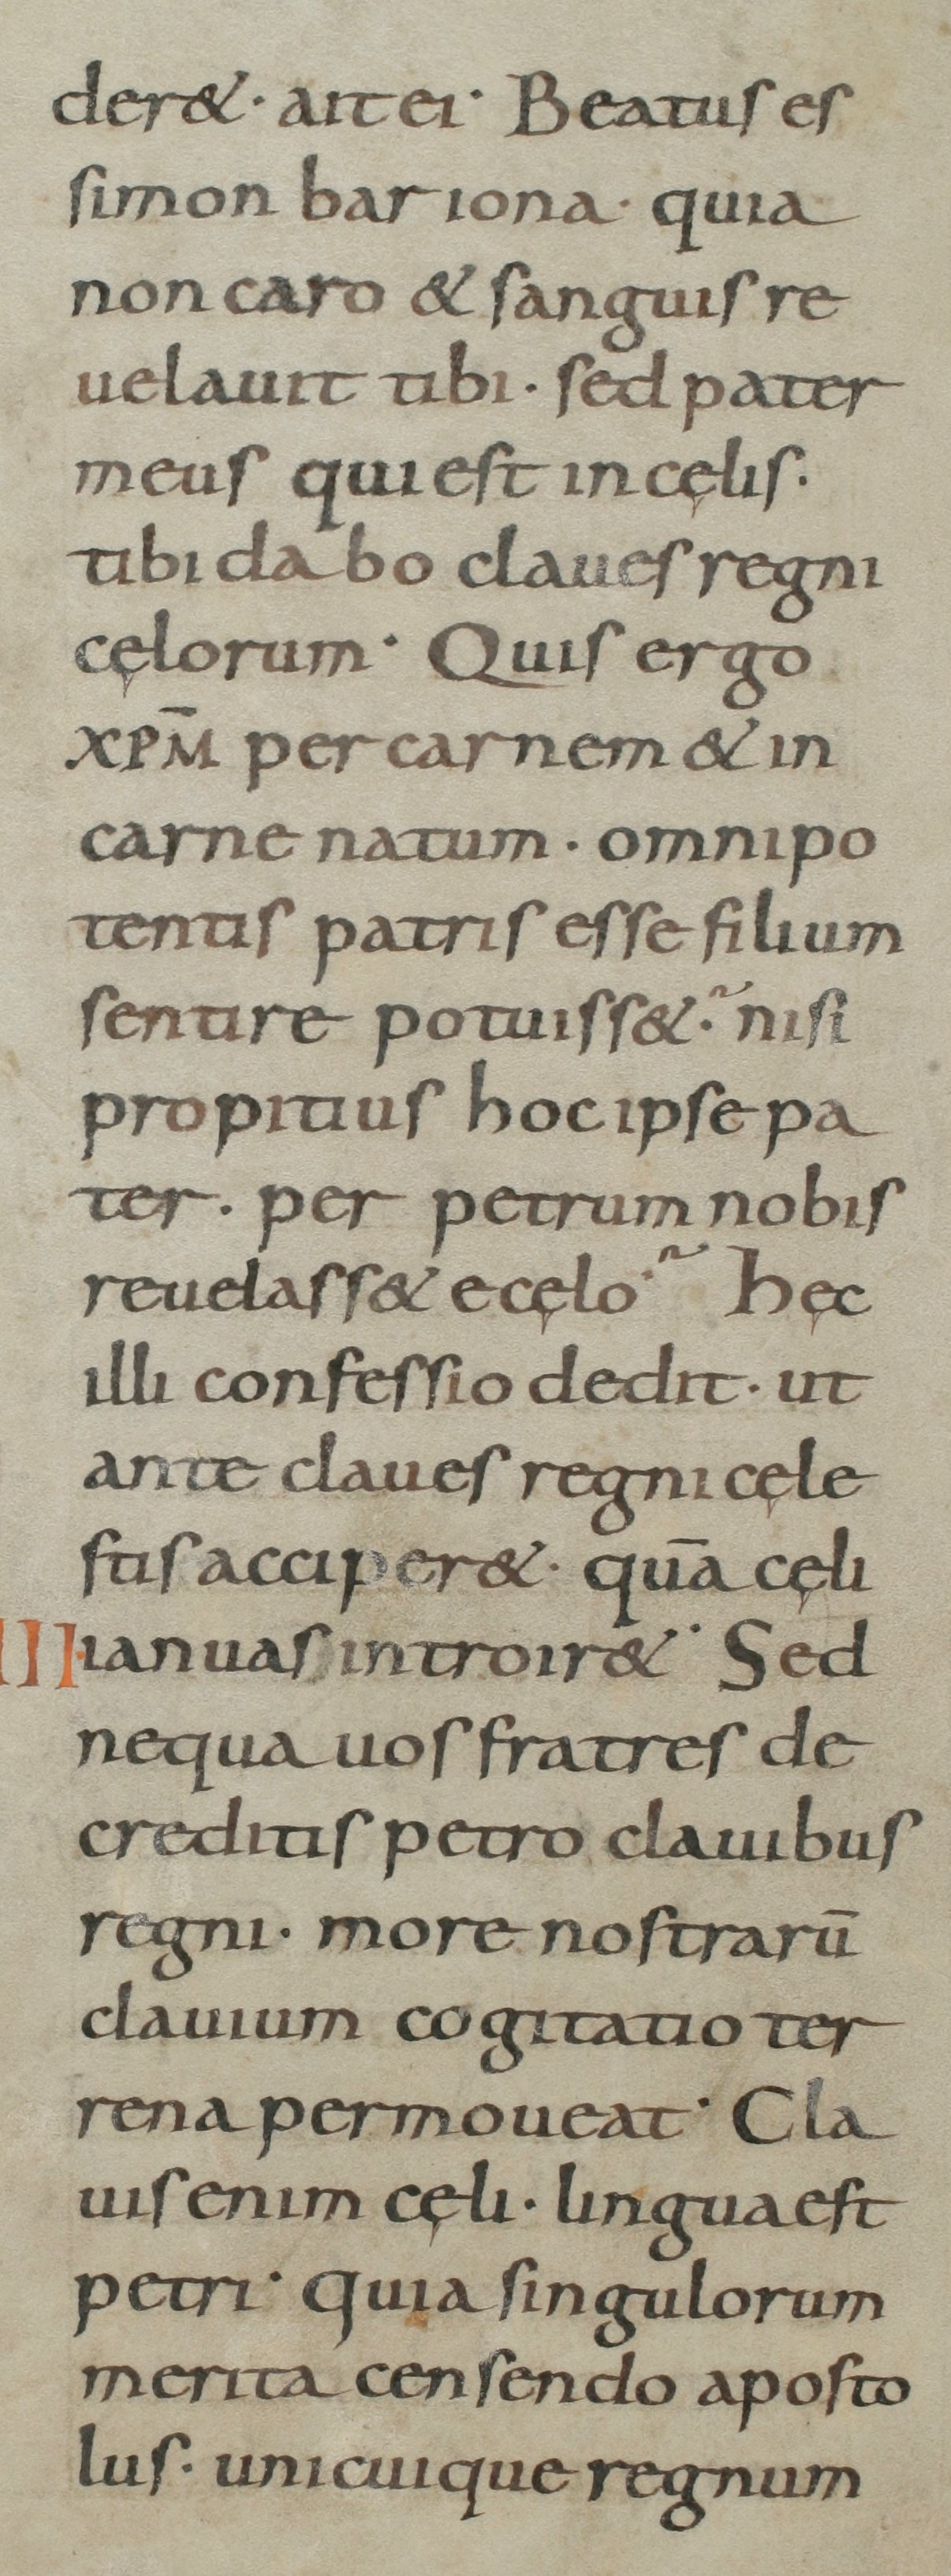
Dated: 800–899